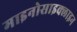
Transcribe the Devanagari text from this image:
माइनोसाइक्लाइन